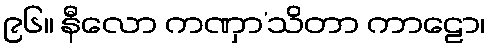
၉၆။ နီလော ကဏှာ’သိတာ ကာဠော၊